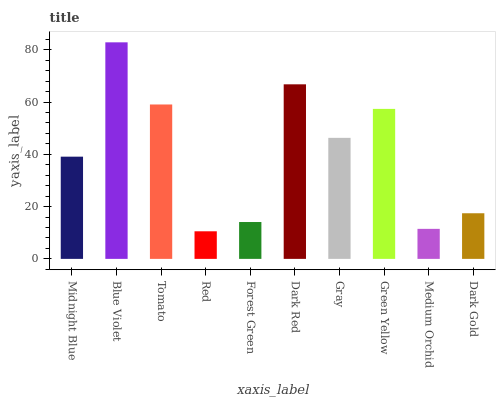
| xaxis_label | bars |
 | --- | --- |
 | Midnight Blue | 39.1 |
 | Blue Violet | 82.8 |
 | Tomato | 59.1 |
 | Red | 10.6 |
 | Forest Green | 14.1 |
 | Dark Red | 66.8 |
 | Gray | 46.3 |
 | Green Yellow | 57.4 |
 | Medium Orchid | 11.5 |
 | Dark Gold | 17.5 |